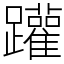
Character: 䠰